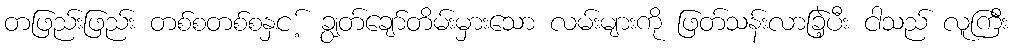
တဖြည်းဖြည်း တစ်စတစ်စနှင ့် ချွတ်ချော်တိမ်းမှားသော လမ်းများကို ဖြတ်သန်းလာခြဲ့ပီး ငါသည် လူကြီး